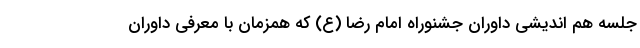
جلسه هم اندیشی داوران جشنوراه امام رضا (ع) که همزمان با معرفی داوران